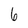
Character: 6